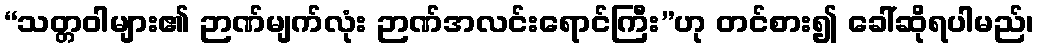
“သတ္တဝါများ၏ ဉာဏ်မျက်လုံး ဉာဏ်အလင်းရောင်ကြီး”ဟု တင်စား၍ ခေါ်ဆိုရပါမည်၊